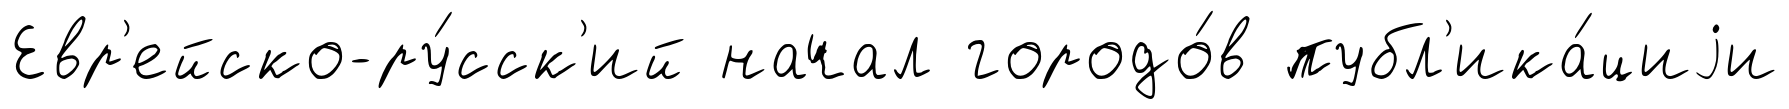
Евр'ейско-ру́сск'ий начал городо́в публ'ика́циjи